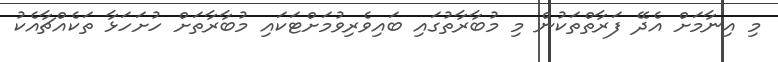
މި އިނާމަށް އެދޭ ފަރާތްތަކުން މި މުބާރާތުގައި ބައިވެރިވުމަށްޓަކައި މުބާރާތަށް ހުށަހަޅާ ތަކެއްޗާއެކު